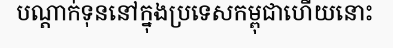
បណ្តាក់ទុននៅក្នុងប្រទេសកម្ពុជាហើយនោះ